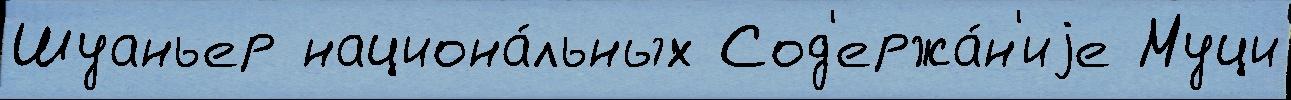
Шуаньер национа́льных Сод'ержа́н'иjе Муци